Lunatic asylums United Prov. 1922-30 - 1922-1930
Year: 1922
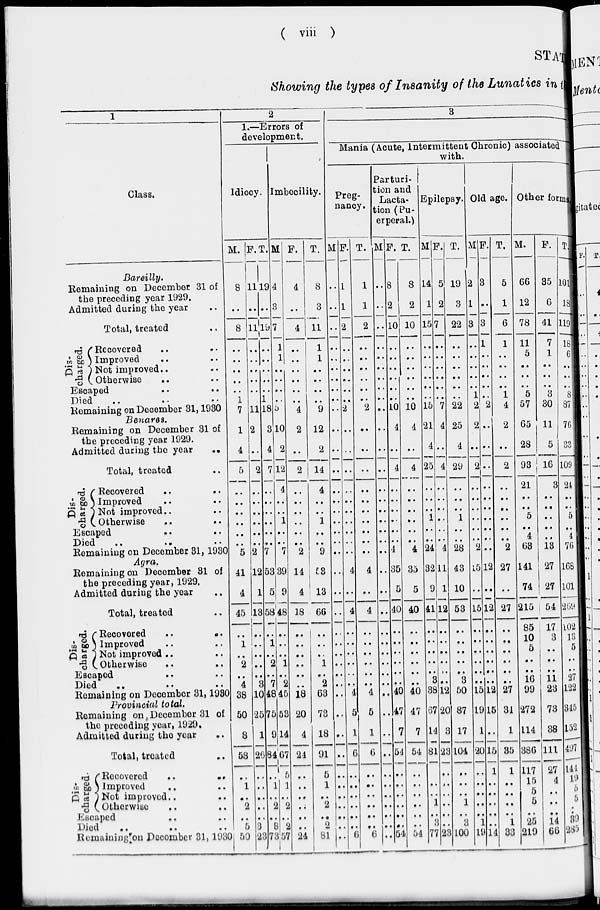
( viii )
STATEME
Showing the types of Insanity of the Lunatics in
1
Class.
Bareilly.
Remaining on December 31 of
the preceding year 1929.
Admitted during the year ..
Total, treated ..
Dis-
charged.
Recovered
..
..
Improved .. ..
Not improved .. ..
Otherwise .. ..
Escaped .. ..
Died .. .. ..
Remaining on December 31,1930
Benares,
Remaining on December 31 of
the preceding year 1929.
Admitted during the year
..
Total, treated ..
Dis-
charged.
Recovered .. ..
Improved .. ..
Not Improved .. ..
Otherwise .. ..
Escaped .. ..
Died .. .. ..
Remaining on December 31,1930
Agra.
Remaining on December 31 of
the preceding year, 1929.
Admitted during the year ..
Total, treated ..
Dis-
charged.
Recovered
..
..
Improved .. ..
Not improved .. ..
Otherwise .. ..
Escaped .. ..
Died .. .. ..
Remaining on December 31,1930
Provincial total.
Remaining on December 31 of
the preceding year, 1929.
Admitted during the year ..
Total, treated ..
Dis-
charged.
Recovered
..
..
Improved .. ..
Not improved .. ..
Otherwise .. ..
Escaped .. ..
Died .. .. ..
Remaining on December 31, 1930
2
1.—Errors of
development.
Idiocy.
M.
8
..
8
..
..
..
..
..
1
7
1
4
5
..
..
..
..
..
..
5
41
4
45
..
1
..
2
..
4
38
50
8
58
..
1
..
2
..
5
50
F.
11
..
11
..
..
..
..
..
..
11
2
..
2
..
..
..
..
..
..
2
12
1
13
..
..
..
..
..
3
10
25
1
20
..
..
..
..
..
3
23
T.
19
..
19
..
..
..
..
..
1
18
3
4
7
..
..
..
..
..
..
7
53
5
58
..
1
..
2
..
7
48
75
9
84
..
1
..
2
..
8
73
Imbecility.
M
4
3
7
1
1
..
..
..
..
5
10
2
12
4
..
..
1
..
..
7
39
9
48
..
..
..
1
..
2
45
53
14
67
5
1
..
2
..
2
57
F.
4
..
4
..
..
..
..
..
..
4
2
..
2
..
..
..
..
..
..
2
14
4
18
..
..
..
..
..
..
18
20
4
24
..
..
..
..
..
..
24
T.
8
3
11
1
1
..
..
..
..
9
12
2
14
4
..
..
1
..
..
9
53
13
66
..
..
..
1
..
2
63
73
18
91
5
1
..
2
..
2
81
3
Mania (Acute, Intermittent Chronic) associated
with.
Preg-
nancy.
M
..
..
..
..
..
..
..
..
..
..
..
..
..
..
..
..
..
..
..
..
..
..
..
..
..
..
..
..
..
..
..
..
..
..
..
..
..
..
..
..
F.
1
1
2
..
..
..
..
..
..
2
..
..
..
..
..
..
..
..
..
..
4
..
4
..
..
..
..
..
..
4
5
1
6
..
..
..
..
..
..
6
T.
1
1
2
..
..
..
..
..
..
2
..
..
..
..
..
..
..
..
..
..
4
..
4
..
..
..
..
..
..
4
5
1
6
..
..
..
..
..
..
6
Parturi-
tion and
Lacta-
tion (Pu-
erperal.)
M
..
..
..
..
..
..
..
..
..
..
..
..
..
..
..
..
..
..
..
..
..
..
..
..
..
..
..
..
..
..
..
..
..
..
..
..
..
..
..
..
F.
8
2
10
..
..
..
..
..
..
10
4
..
4
..
..
..
..
..
..
4
35
5
40
..
..
..
..
..
..
40
47
7
54
..
..
..
..
..
..
54
T.
8
2
10
..
..
..
..
..
..
10
4
..
4
..
..
..
..
..
..
4
35
5
40
..
..
..
..
..
..
40
47
7
54
..
..
..
..
..
..
54
Epilepsy.
M
14
1
15
..
..
..
..
..
..
15
21
4
25
..
..
..
1
..
..
24
32
9
41
..
..
..
..
..
3
38
67
14
81
..
..
..
1
..
3
77
F.
5
2
7
..
..
..
..
..
..
7
4
..
4
..
..
..
..
..
..
4
11
1
12
..
..
..
..
..
..
12
20
3
23
..
..
..
..
..
..
23
T.
19
3
22
..
..
..
..
..
..
22
25
4
29
..
..
..
1
..
..
28
43
10
53
..
..
..
..
..
3
50
87
17
104
..
..
..
1
..
3
100
Old age.
M
2
1
3
..
..
..
..
..
1
2
2
..
2
..
..
..
..
..
..
2
15
..
15
..
..
..
..
..
..
15
19
1
20
..
..
..
..
..
1
19
F.
3
..
3
1
..
..
..
..
..
2
..
..
..
..
..
..
..
..
..
..
12
..
12
..
..
..
..
..
..
12
15
..
15
1
..
..
..
..
..
14
T.
5
1
6
1
..
..
..
..
1
4
2
..
2
..
..
..
..
..
..
2
27
..
27
..
..
..
..
..
..
27
31
1
85
1
..
..
..
..
1
33
Other form
M.
66
12
78
11
5
..
..
..
5
57
65
28
93
21
..
..
5
..
4
63
141
74
215
85
10
5
..
..
16
99
272
114
386
117
15
5
5
..
25
219
F.
35
6
41
7
1
..
..
..
3
30
11
5
16
3
..
..
..
..
..
13
27
27
54
17
3
..
..
..
11
23
73
38
111
27
4
..
..
..
14
66
T.
101
18
119
18
6
..
..
..
8
87
76
33
109
24
..
..
5
..
4
76
168
101
269
102
13
5
..
..
27
122
345
152
497
141
19
5
5
..
39
285